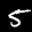
Label: 5